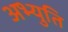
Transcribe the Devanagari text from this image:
अभ्युति